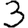
Digit: 3